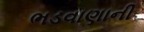
ભડવાણાની